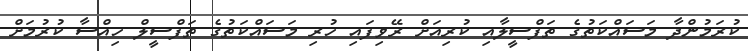
ކުރަމުންދާ މަސައްކަތުގެ ތަފްސީލާއި ކުރިއަށް ރޭވިފައި ހުރި މަސައްކަތުގެ ތަފްސީލް ހިއްސާ ކުރުމަށް